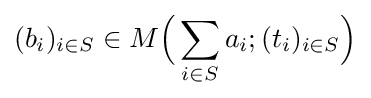
(b_{i})_{i\in S}\in M{\Big (}\sum _{i\in S}a_{i};(t_{i})_{i\in S}{\Big )}